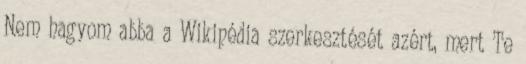
Nem hagyom abba a Wikipédia szerkesztését azért, mert Te